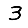
Digit: 3